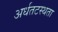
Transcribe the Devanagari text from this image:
अर्धतटस्थता